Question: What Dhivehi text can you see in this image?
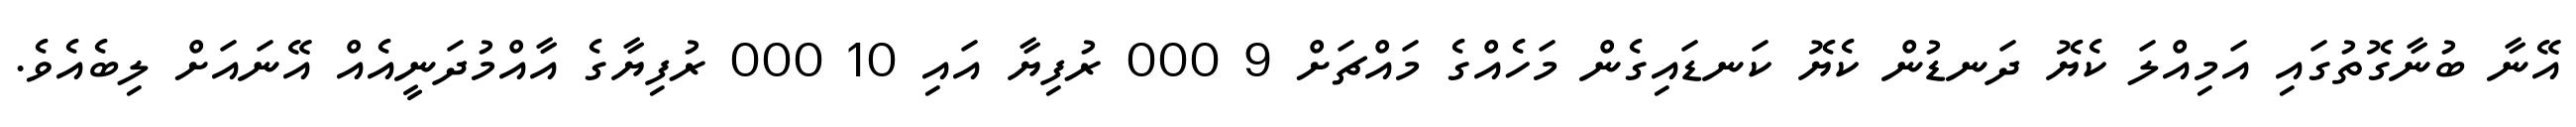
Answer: އޭނާ ބުނާގޮތުގައި އަމިއްލަ ކެޔޮ ދަނޑުން ކެޔޮ ކަނޑައިގެން މަހެއްގެ މައްޗަށް 9 000 ރުފިޔާ އައި 10 000 ރުފިޔާގެ އާއްމުދަނީއެއް އޭނައަށް ލިބެއެވެ.